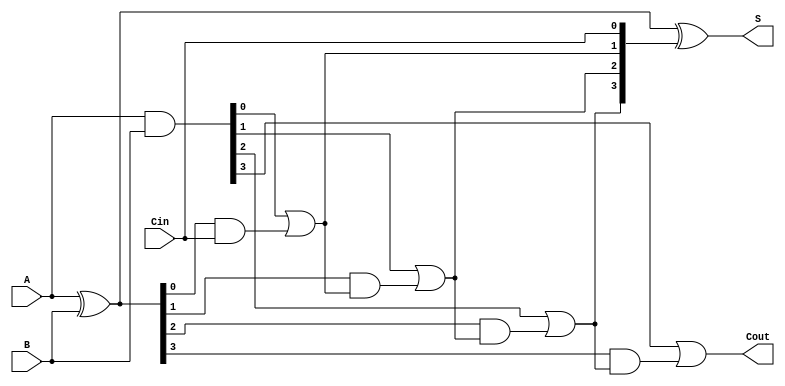
module RCLA_4bit (
    input  [3:0] A,    // 4-bit input A
    input  [3:0] B,    // 4-bit input B
    input        Cin,   // Carry-in
    output [3:0] S,    // 4-bit sum output
    output       Cout   // Carry-out
);
    wire [3:0] P;      // Propagate signals
    wire [3:0] G;      // Generate signals
    wire [4:0] C;      // Carry signals

    // Generate Propagate and Generate signals
    assign P = A ^ B;  // P[i] = A[i] XOR B[i]
    assign G = A & B;  // G[i] = A[i] AND B[i]

    // Carry Lookahead Logic
    assign C[0] = Cin; // C[0] = Cin
    assign C[1] = G[0] | (P[0] & C[0]); // C[1] = G[0] + (P[0] * C[0])
    assign C[2] = G[1] | (P[1] & C[1]); // C[2] = G[1] + (P[1] * C[1])
    assign C[3] = G[2] | (P[2] & C[2]); // C[3] = G[2] + (P[2] * C[2])
    assign C[4] = G[3] | (P[3] & C[3]); // C[4] = G[3] + (P[3] * C[3])

    // Sum calculation
    assign S = P ^ C[3:0]; // S[i] = P[i] XOR C[i]

    // Final Carry-Out
    assign Cout = C[4]; // Cout = C[n]

endmodule